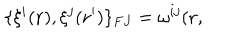
\{ \xi ^ { i } ( { \bf r } ) , \xi ^ { j } ( { \bf r ^ { \prime } } ) \} _ { F J } = \omega ^ { i j } ( { \bf r } ,